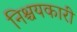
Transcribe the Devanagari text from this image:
निश्चयकारी